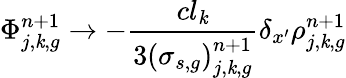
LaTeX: \Phi_{j,\mathit{k},g}^{n+1}\to-\frac{{cl_{\mathit{k}}}}{{3\left(\sigma_{s,g}\right)_{j,\mathit{k},g}^{n+1}}}\delta_{x^{\prime}}\rho_{j,\mathit{k},g}^{n+1}